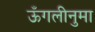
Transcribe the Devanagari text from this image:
ऊँगलीनुमा